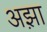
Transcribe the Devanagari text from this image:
अझ़ा